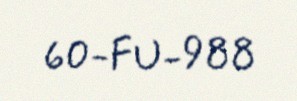
60-FU-988